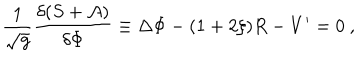
LaTeX: { \frac { 1 } { \sqrt { g } } } { \frac { \delta ( S + { \cal A } ) } { \delta \Phi } } \equiv \Delta \Phi - ( 1 + 2 \xi ) R - V ^ { \prime } = 0 \ ,